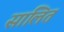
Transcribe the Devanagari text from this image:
सालित